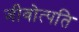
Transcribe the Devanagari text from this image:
जीवोत्पति